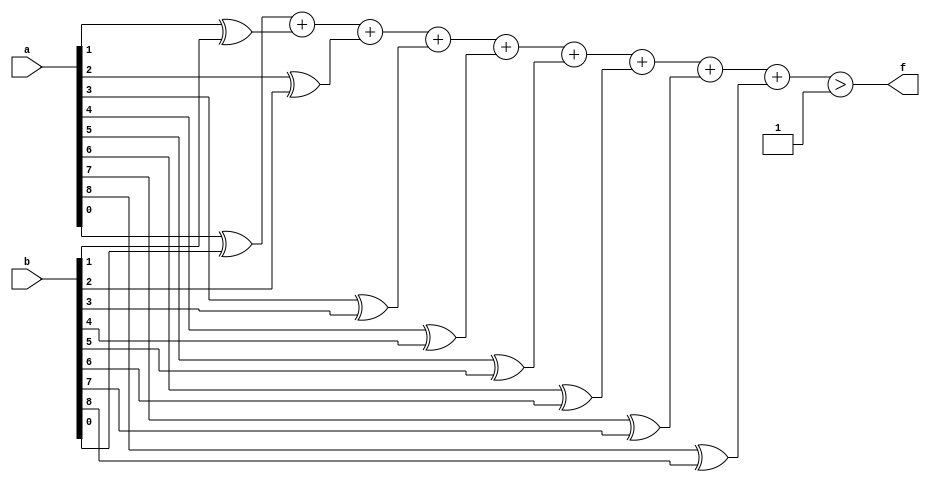
module mhd_mit(a, b, f);
parameter _bit = 9;
parameter mhd = 1;
input [_bit - 1: 0] a;
input [_bit - 1: 0] b;
output f;
wire [_bit - 1: 0] diff;
wire [4: 0] sum;
assign diff[0] = a[0] ^ b[0];
assign diff[1] = a[1] ^ b[1];
assign diff[2] = a[2] ^ b[2];
assign diff[3] = a[3] ^ b[3];
assign diff[4] = a[4] ^ b[4];
assign diff[5] = a[5] ^ b[5];
assign diff[6] = a[6] ^ b[6];
assign diff[7] = a[7] ^ b[7];
assign diff[8] = a[8] ^ b[8];
assign sum = diff[0] + diff[1] + diff[2] + diff[3] + diff[4] + diff[5] + diff[6] + diff[7] + diff[8];
assign f = (sum > mhd);
endmodule